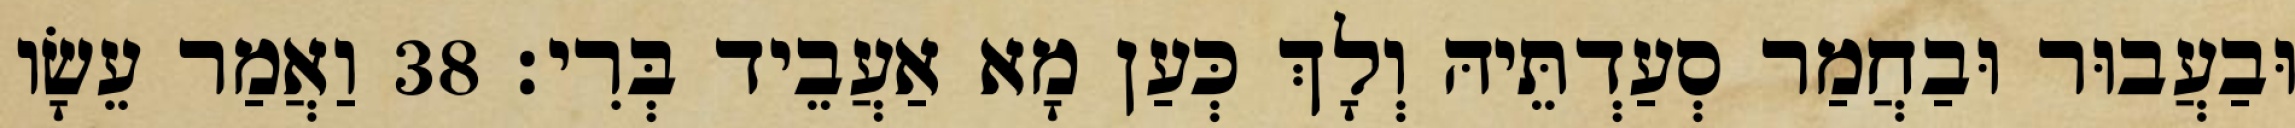
וּבַעֲבוּר וּבַחֲמַר סְעַדְתֵּיהּ וְלָךְ כְּעַן מָא אַעֲבֵיד בְּרִי׃ 38 וַאֲמַר עֵשָׂו